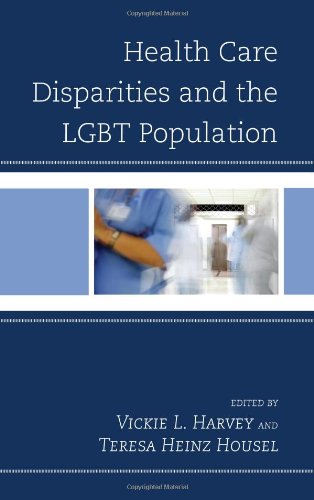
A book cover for Health Care Disparities and the LGBT Population; Gay & Lesbian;